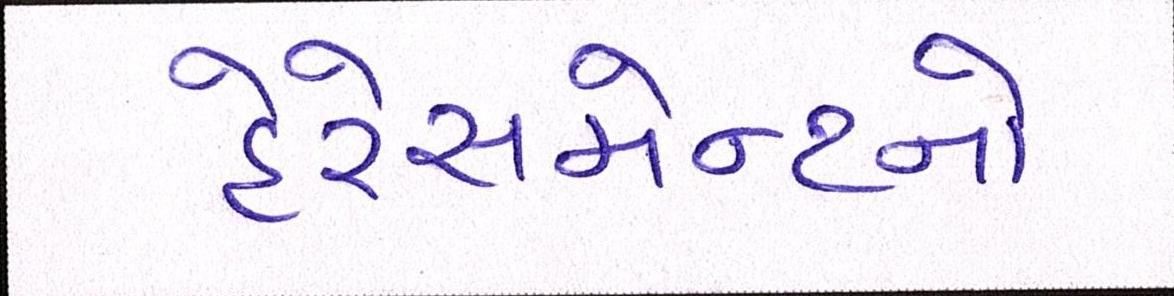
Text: હેરેસમેન્ટનો